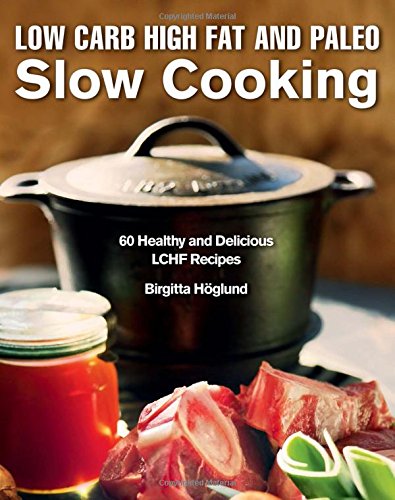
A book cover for Low Carb High Fat and Paleo Slow Cooking: 60 Healthy and Delicious LCHF Recipes; Birgitta HÃ¶glund; Cookbooks, Food & Wine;